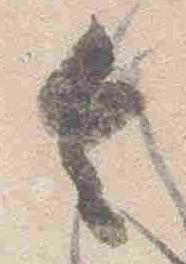
令